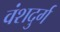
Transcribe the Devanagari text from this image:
वंशदुर्ग